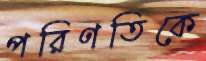
পরিণতিকে